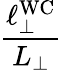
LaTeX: \frac{\ell_{\perp}^{\mathrm{WC}}}{L_{\perp}}